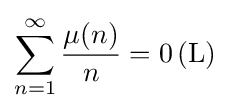
\sum _{n=1}^{\infty }{\frac {\mu (n)}{n}}=0\,(\mathrm {L} )